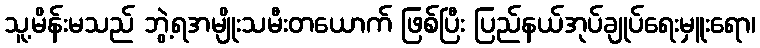
သူ့မိန်းမသည် ဘွဲ့ရအမျိုးသမီးတယောက် ဖြစ်ပြီး ပြည်နယ်အုပ်ချုပ်ရေးမှူးရော၊